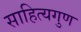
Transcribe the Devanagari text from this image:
साहित्यगुण